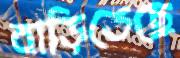
বাড়িতেছে